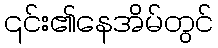
၎င်း၏နေအိမ်တွင်